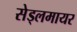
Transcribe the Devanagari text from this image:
सेड्लमायर